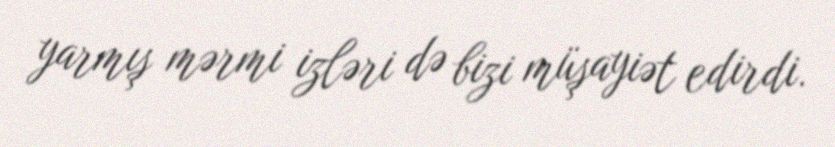
yarmış mərmi izləri də bizi müşayiət edirdi.